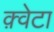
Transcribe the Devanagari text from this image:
क़्वेटा